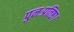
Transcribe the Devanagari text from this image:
पुनःप्रतिष्ठा।